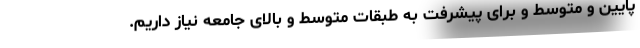
پایین و متوسط و برای پیشرفت به طبقات متوسط و بالای جامعه نیاز داریم.